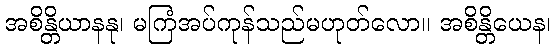
အစိန္တိယာနနု၊ မကြံအပ်ကုန်သည်မဟုတ်လော။ အစိန္တိယေန၊